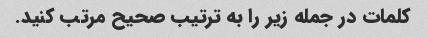
کلمات در جمله زیر را به ترتیب صحیح مرتب کنید.